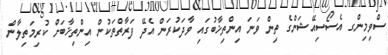
ސްވިމިންގ އެސޯސިއޭޝަންގެ ތިން ވަނަ އިންތިޚާބުގައި ވާދަކުރަން އެދޭ ފަރާތްތަކުން އިންތިޚާބަށް ކުރިމަތިލާން